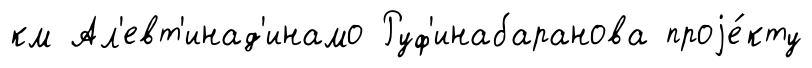
км Ал'евт'инад'инамо Руф'инабаранова проjе́кту